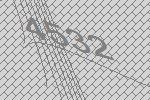
4532